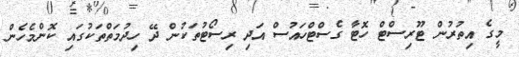
މީގެ އިތުރުން ޓޫރިސްޓް ހޮޓާ ގެސްޓްހައުސް އަދި ރިސޯޓުތަކުން ދޭ ހިދުމަތްތަކުގައި ކޮންމެހެން